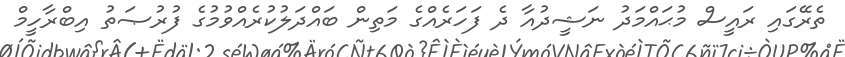
ތެރޭގައި ރައީސް މުޙައްމަދު ނަޝީދުއާ ދެ ފަހަރެއްގެ މަތިން ބައްދަލުކުރެއްވުމުގެ ފުރުޞަތު އިބްރާހީމް